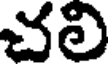
చలి